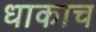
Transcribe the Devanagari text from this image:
धाकाच